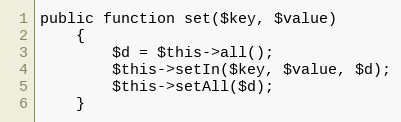
Language: PHP
public function set($key, $value)
    {
        $d = $this->all();
        $this->setIn($key, $value, $d);
        $this->setAll($d);
    }